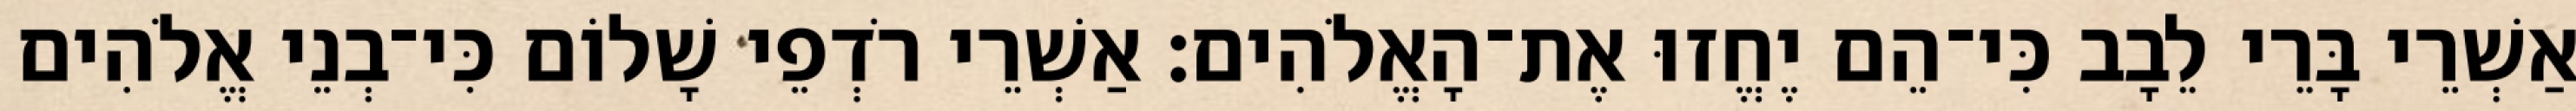
אַשְׁרֵי בָּרֵי לֵבָב כִּי־הֵם יֶחֱזוּ אֶת־הָאֱלֹהִים׃ אַשְׁרֵי רֹדְפֵי שָׁלוֹם כִּי־בְנֵי אֱלֹהִים